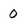
Character: 0